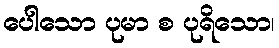
ပေါသော ပုမာ စ ပုရိသော၊